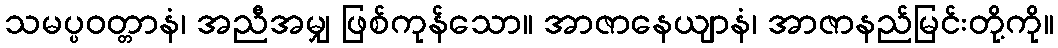
သမပ္ပဝတ္တာနံ၊ အညီအမျှ ဖြစ်ကုန်သော။ အာဇာနေယျာနံ၊ အာဇာနည်မြင်းတို့ကို။